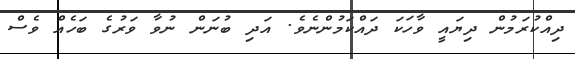
ދިއްކުރަމުން ދިޔައީ ވާހަކަ ދައްކަމުންނެވެ. އަދި ބުނަން ނުވާ ވަރުގެ ބަހެއް ވެސް